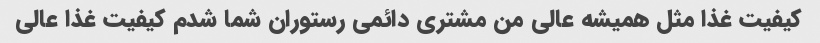
کیفیت غذا مثل همیشه عالی من مشتری دائمی رستوران شما شدم کیفیت غذا عالی